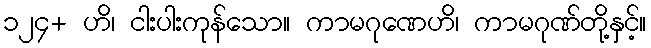
၁၂၄+ ဟိ၊ ငါးပါးကုန်သော။ ကာမဂုဏေဟိ၊ ကာမဂုဏ်တို့နှင့်။